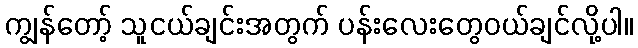
ကျွန်တော့် သူငယ်ချင်းအတွက် ပန်းလေးတွေဝယ်ချင်လို့ပါ။